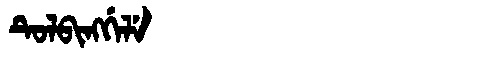
Manchu: ᡨᡠᠯᠪᡳᠩᡤᡝᠯᡝ
Romanization: TULBINGGELE